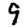
Digit: 9